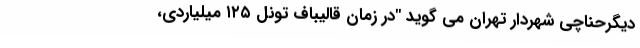
دیگرحناچى شهردار تهران می گوید "در زمان قاليباف تونل ۱۲۵ میلیاردی،